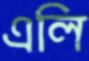
এলি